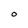
Character: o